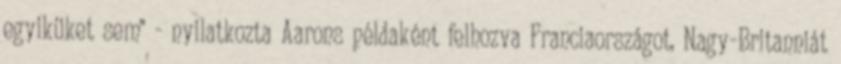
egyiküket sem" - nyilatkozta Aarons példaként felhozva Franciaországot, Nagy-Britanniát